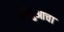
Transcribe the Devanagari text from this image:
क्वेचुआचा